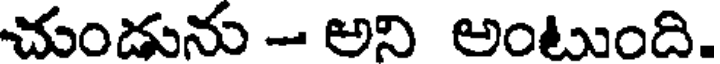
చుండును - అని అంటుంది.